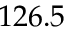
1 2 6 . 5